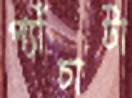
প্যাঁচাটা